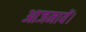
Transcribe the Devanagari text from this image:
आजमायें।